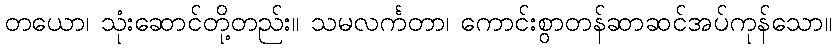
တယော၊ သုံးဆောင်တို့တည်း။ သမလင်္ကတာ၊ ကောင်းစွာတန်ဆာဆင်အပ်ကုန်သော။